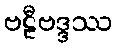
ဗဠီဗဒ္ဒဿ